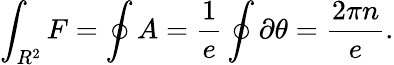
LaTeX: \int_{R^{2}}{F}=\oint{A}=\frac{1}{e}\oint\partial\theta=\frac{2\pi n}{e}.